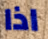
اذا